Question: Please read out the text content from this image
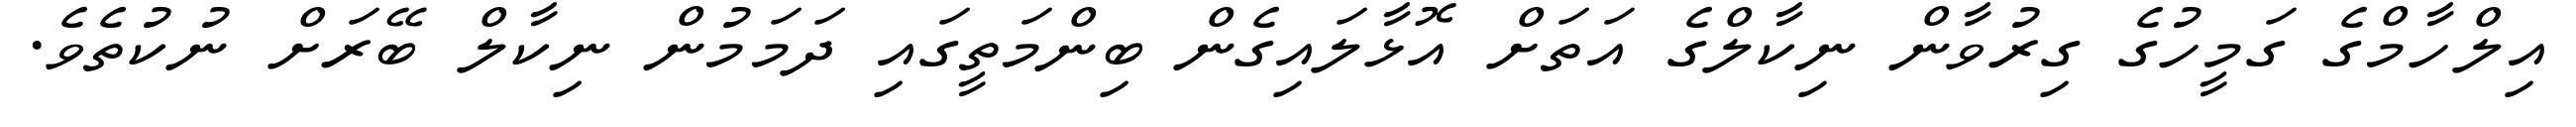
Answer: އިލްހާމްގެ ގަމީހުގެ ގިރުވާން ނިކާލްގެ އަތަށް އޮޅާލައިގެން ބިންމަތީގައި ދަމަމުން ނިކާލް ބޭރަށް ނުކުތެވެ.